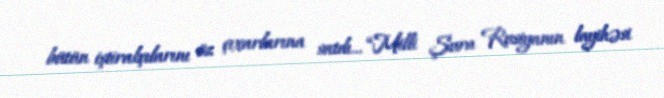
bütün iştirakçılarını öz çıxarlarına satdı... “Milli Şura Rusiyanın layihəsi